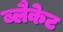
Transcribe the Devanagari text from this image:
ब्लैकेट